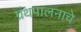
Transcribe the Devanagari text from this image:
ग्रंथपालनाचे